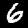
Digit: 6